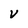
Character: V